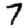
Digit: 7